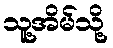
သူ့အိမ်သို့